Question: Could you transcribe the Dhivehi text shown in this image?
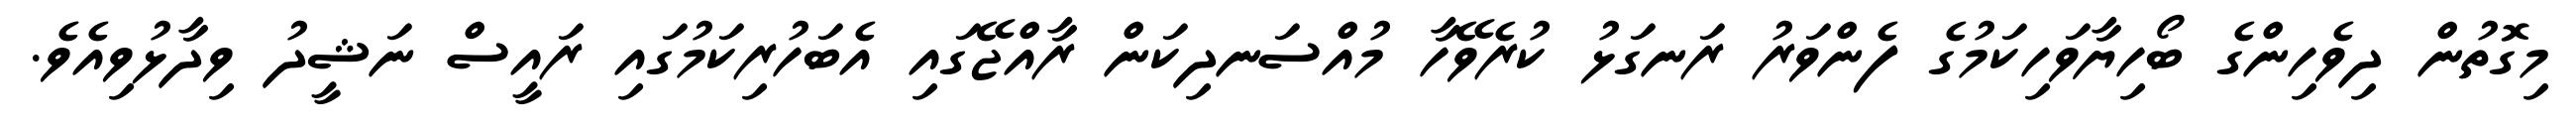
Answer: މިގޮތުން ދިވެހިންގެ ބޯހިޔާވަހިކަމުގެ ފެންވަރު ރަނގަޅު ކުރެވޭހާ މުއްސަނދިކަން ރާއްޖޭގައި އެބަހުރިކަމުގައި ރައީސް ނަޝީދު ވިދާޅުވިއެވެ.